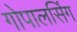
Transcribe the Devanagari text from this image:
गोपालसिंग